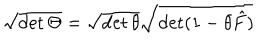
\sqrt { \det \Theta } = \sqrt { \det \theta } \sqrt { \det ( 1 - \theta \hat { F } ) }